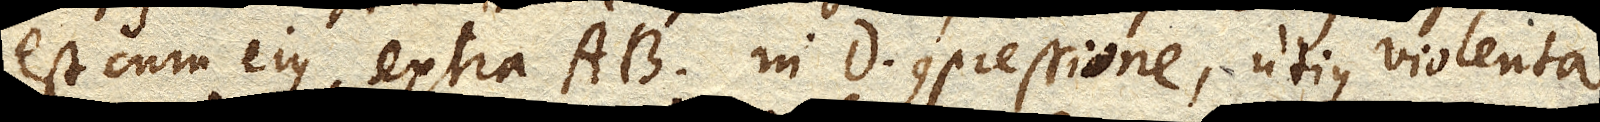
est cum ejus extra AB. in D. compressione, utique violenta.